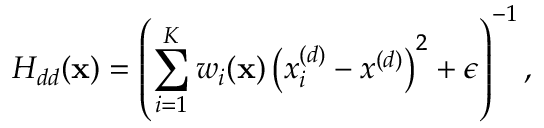
H _ { d d } ( \mathbf { x } ) = \left( \sum _ { i = 1 } ^ { K } w _ { i } ( \mathbf { x } ) \left( x _ { i } ^ { ( d ) } - x ^ { ( d ) } \right) ^ { 2 } + \epsilon \right) ^ { - 1 } ,